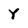
Character: Y